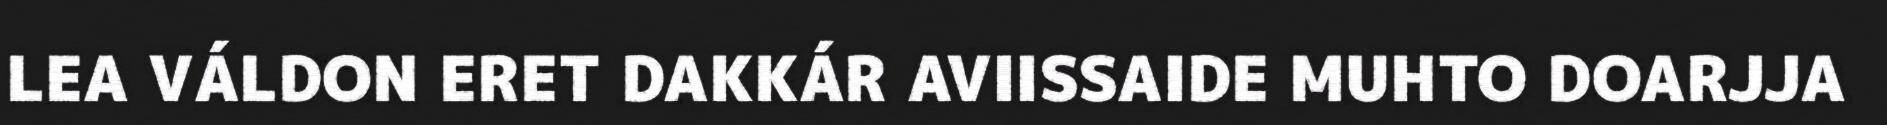
LEA VÁLDON ERET DAKKÁR AVIISSAIDE MUHTO DOARJJA